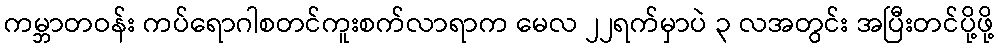
ကမ္ဘာတဝန်း ကပ်ရောဂါစတင်ကူးစက်လာရာက မေလ ၂၂ရက်မှာပဲ ၃ လအတွင်း အပြီးတင်ပို့ဖို့